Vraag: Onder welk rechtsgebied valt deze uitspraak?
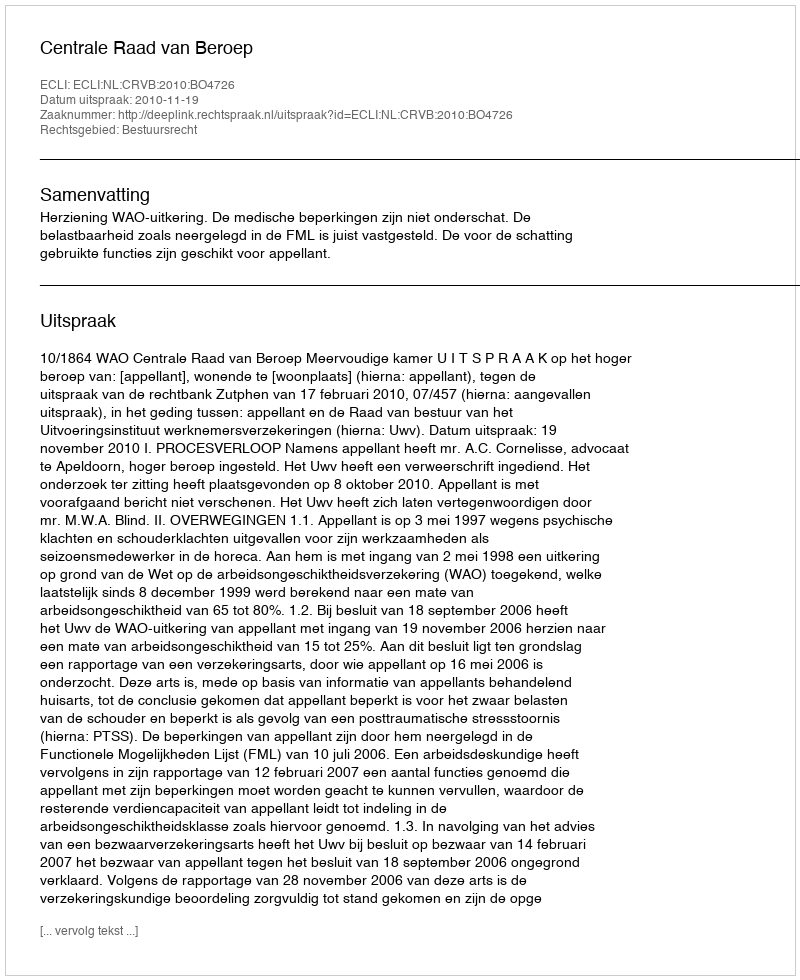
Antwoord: Bestuursrecht